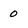
Character: 0